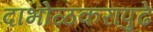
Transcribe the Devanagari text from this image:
दाभोळकरांपुढे